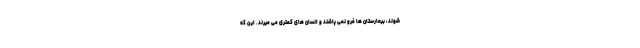
شوند، بیمارستان ها فرو نمی پاشند و انسان های کمتری می میرند. این که